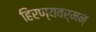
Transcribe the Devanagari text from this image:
हिरण्यवर्मन्